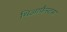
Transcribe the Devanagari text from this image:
थिआफैस्टस